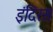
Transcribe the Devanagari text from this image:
इंदिरस